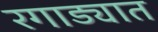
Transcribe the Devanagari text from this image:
रगाड्यात